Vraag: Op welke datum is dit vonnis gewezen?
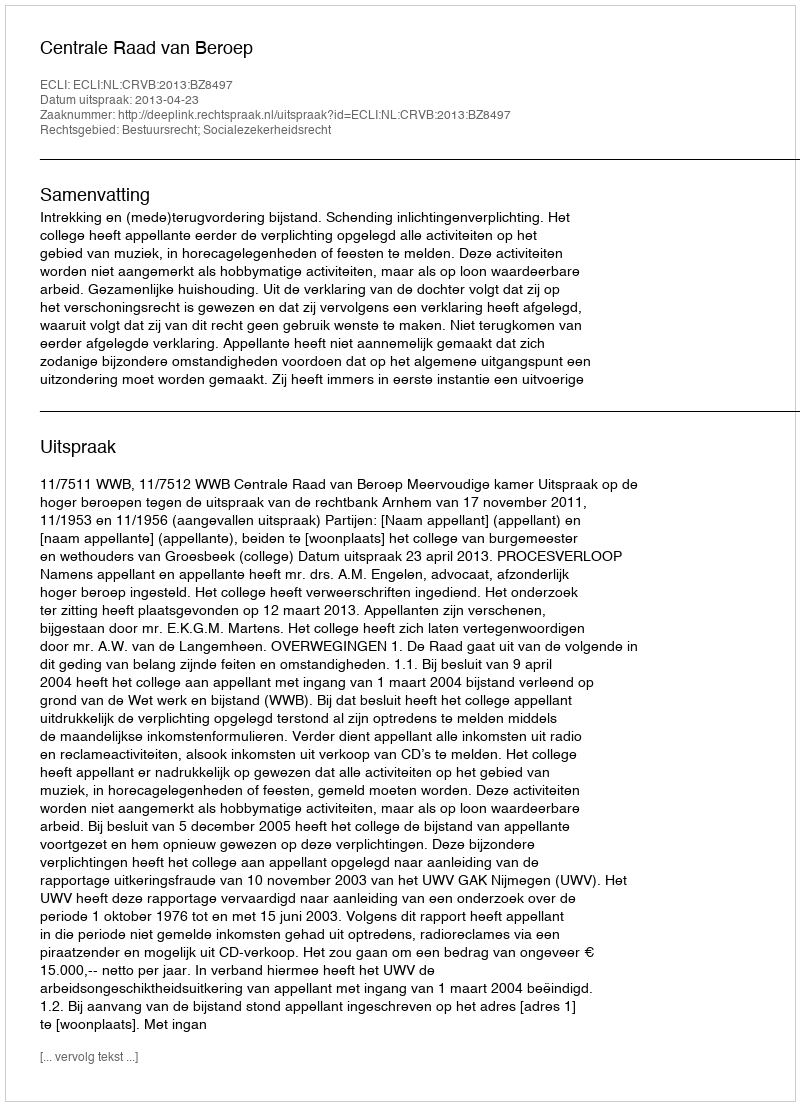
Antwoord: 2013-04-23